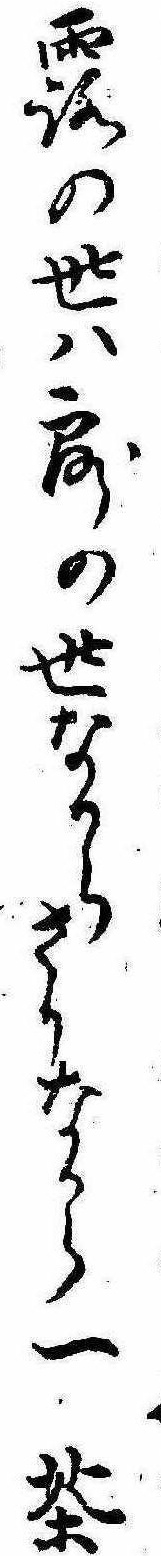
露の世は露の世なからさりなから一茶